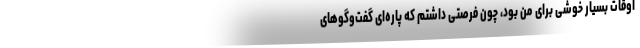
اوقات بسیار خوشی برای من بود، چون فرصتی داشتم که پاره‌ای گفت‌وگوهای